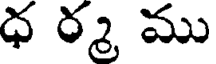
ధ ర్మ ము